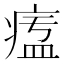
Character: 𤷷